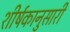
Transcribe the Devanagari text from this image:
शीर्षकानुसारी